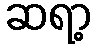
ဆရာ့